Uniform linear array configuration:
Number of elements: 8
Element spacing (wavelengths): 0.25
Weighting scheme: hamming
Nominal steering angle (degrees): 15
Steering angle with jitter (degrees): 14.697
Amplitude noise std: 0.05
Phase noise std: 0.05

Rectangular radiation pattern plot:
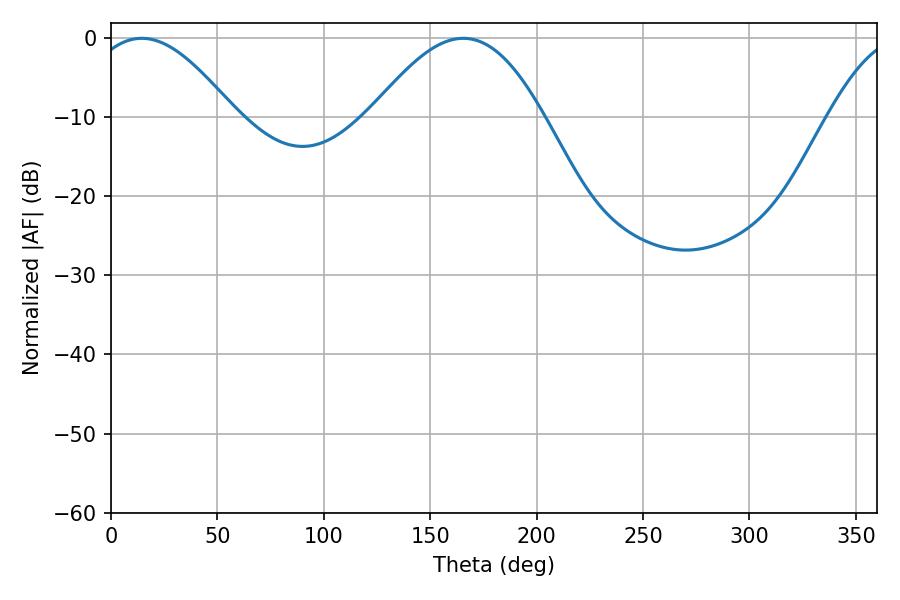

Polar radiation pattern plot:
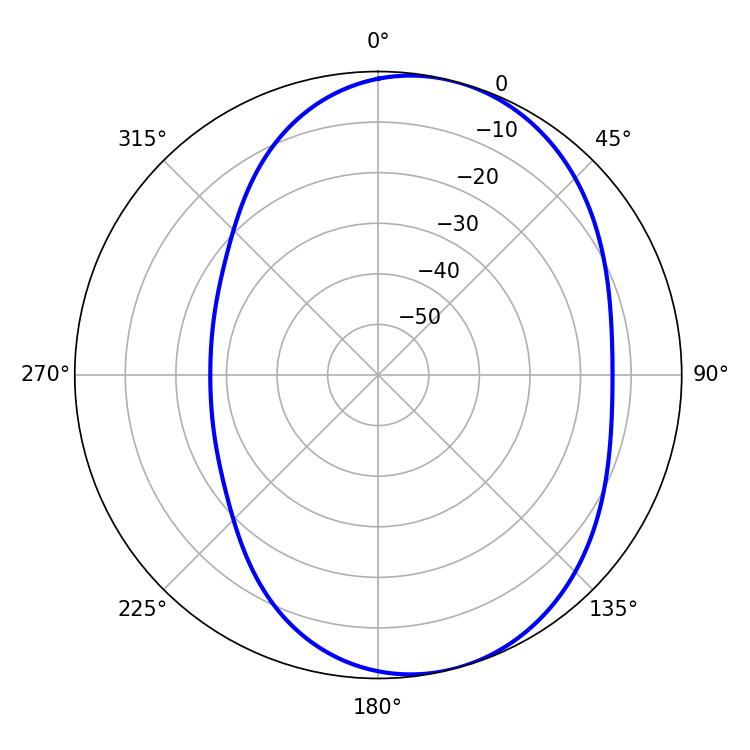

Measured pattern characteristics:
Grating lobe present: FALSE
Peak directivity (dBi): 6.191
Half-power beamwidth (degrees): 37.44
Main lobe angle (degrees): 14.4